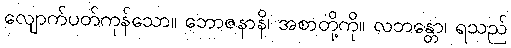
လျောက်ပတ်ကုန်သော။ ဘောဇနာနိ၊ အစာတို့ကို။ လဘန္တော၊ ရသည်